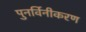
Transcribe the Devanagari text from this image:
पुनर्विनीकरण